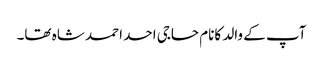
آپ کے والد کانام حاجی احد احمد شاہ تھا۔